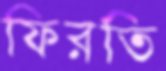
ফিরতি